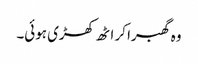
وہ گھبرا کر اٹھ کھڑی ہوئی۔